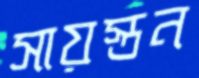
সায়স্তন